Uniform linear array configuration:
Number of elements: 32
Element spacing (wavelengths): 1
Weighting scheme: uniform
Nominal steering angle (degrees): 0
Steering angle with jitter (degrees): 0.6587
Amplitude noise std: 0.05
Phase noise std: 0.05

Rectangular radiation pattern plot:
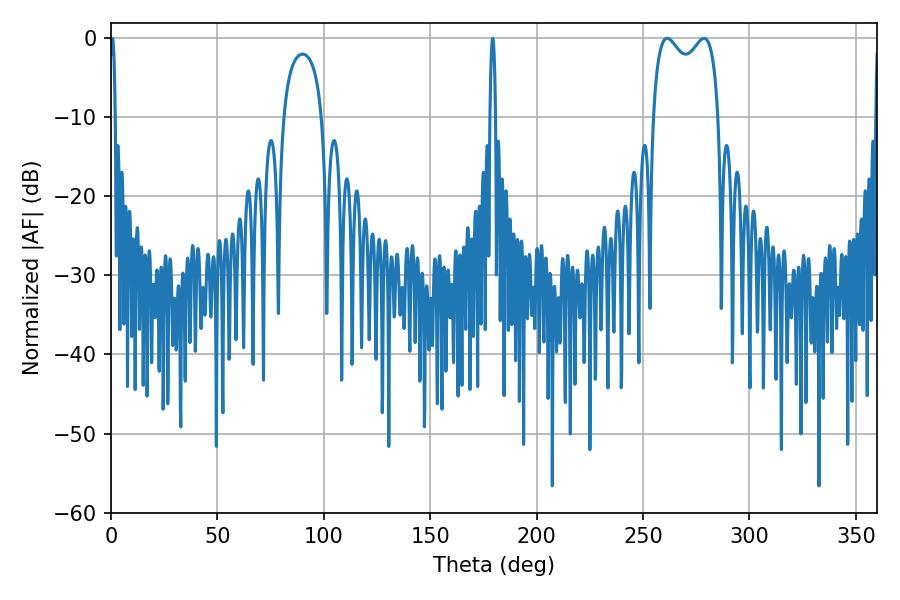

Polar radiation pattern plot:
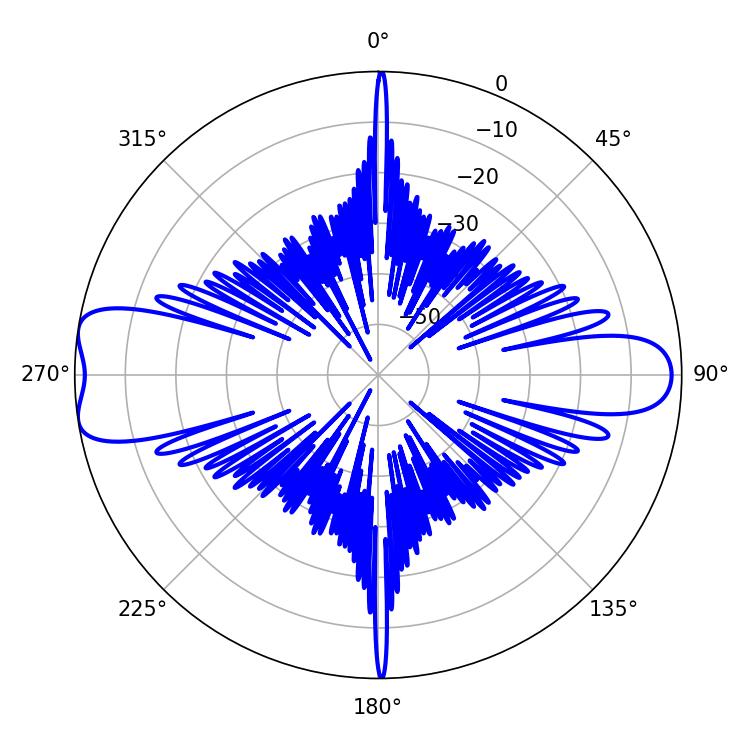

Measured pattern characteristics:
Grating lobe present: TRUE
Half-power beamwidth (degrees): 25.56
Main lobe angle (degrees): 261.36